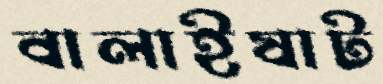
বালাইষাট